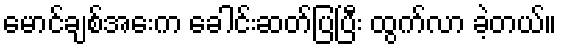
မောင်ချစ်အေးက ခေါင်းဆတ်ပြပြီး ထွက်လာ ခဲ့တယ်။